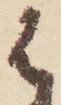
は